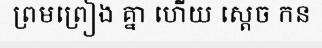
ព្រមព្រៀង គ្នា ហើយ ស្តេច កន